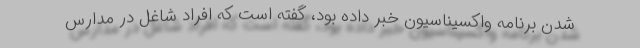
شدن برنامه واکسیناسیون خبر داده بود، گفته است که افراد شاغل در مدارس